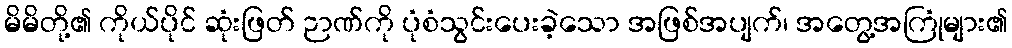
မိမိတို့၏ ကိုယ်ပိုင် ဆုံးဖြတ် ဉာဏ်ကို ပုံစံသွင်းပေးခဲ့သော အဖြစ်အပျက်၊ အတွေ့အကြုံများ၏